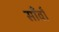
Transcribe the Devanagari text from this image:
साँवाँ